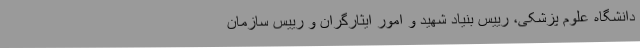
دانشگاه علوم پزشکی، رییس بنیاد شهید و امور ایثارگران و رییس سازمان